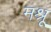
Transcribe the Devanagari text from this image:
मश्रू